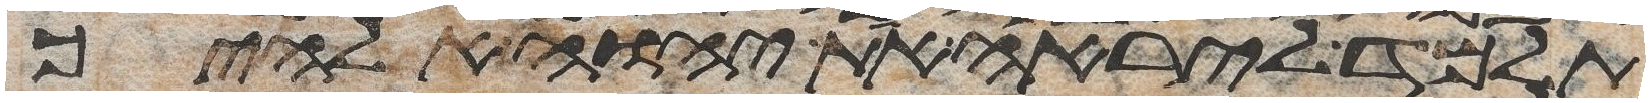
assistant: תלמד ליראה את יהוה אלהיך